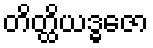
တိတ္ထိယဒ္ဓဇော